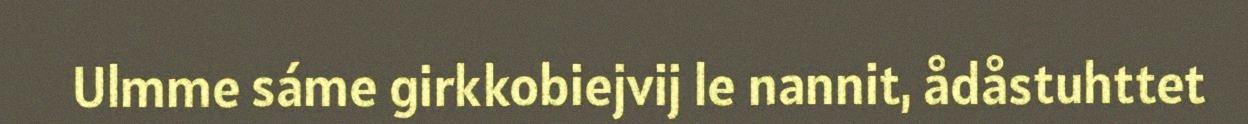
Ulmme sáme girkkobiejvij le nannit, ådåstuhttet